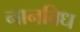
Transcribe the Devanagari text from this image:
नानविध